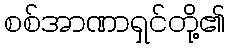
စစ်အာဏာရှင်တို့၏